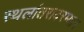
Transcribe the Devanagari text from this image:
स्थलांतरादरम्यान